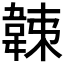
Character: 𩎩